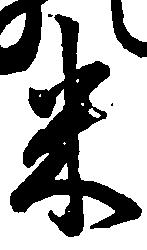
米